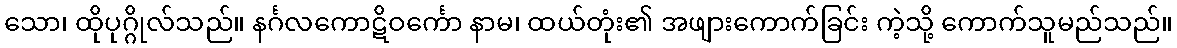
သော၊ ထိုပုဂ္ဂိုလ်သည်။ နင်္ဂလကောဋိဝင်္ကော နာမ၊ ထယ်တုံး၏ အဖျားကောက်ခြင်း ကဲ့သို့ ကောက်သူမည်သည်။